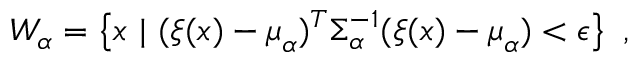
W _ { \alpha } = \left\{ \ensuremath { \boldsymbol { { x } } } \ | \ ( \ensuremath { \boldsymbol { \xi } } ( \ensuremath { \boldsymbol { { x } } } ) - \ensuremath { \boldsymbol { \mu } } _ { \alpha } ) ^ { T } \Sigma _ { \alpha } ^ { - 1 } ( \ensuremath { \boldsymbol { \xi } } ( \ensuremath { \boldsymbol { { x } } } ) - \ensuremath { \boldsymbol { \mu } } _ { \alpha } ) < \epsilon \right\} \ ,